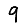
Digit: 9